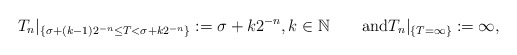
\begin{align*}T_{n}|_{\{\sigma+(k-1)2^{-n}\leq T<\sigma+k2^{-n}\}}:=\sigma+k2^{-n},k\in\mathbb{N}\qquad\textrm{and}T_{n}|_{\{T=\infty\}}:=\infty,\end{align*}